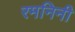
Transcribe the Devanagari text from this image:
रमनिनी